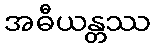
အဓီယန္တဿ